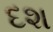
દશ